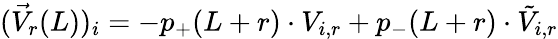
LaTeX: (\vec{V}_{r}(L))_{i}=-p_{+}(L+r)\cdot V_{i,r}+p_{-}(L+r)\cdot\tilde{V}_{i,r}